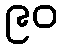
၉၀